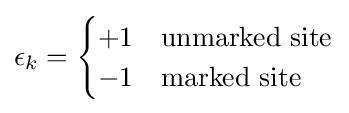
\epsilon _{k}={\begin{cases}+1&{\text{unmarked site}}\\-1&{\text{marked site}}\end{cases}}